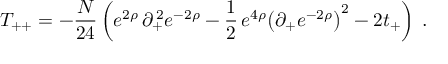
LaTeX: T _ { + + } = - { \frac { N } { 2 4 } } \left( e ^ { 2 \rho } \, \partial _ { + } ^ { \, 2 } e ^ { - 2 \rho } - { \frac { 1 } { 2 } } \, e ^ { 4 \rho } { \left( \partial _ { + } e ^ { - 2 \rho } \right) } ^ { 2 } - 2 t _ { + } \right) \; .